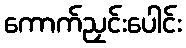
ကောက်ညှင်းပေါင်း